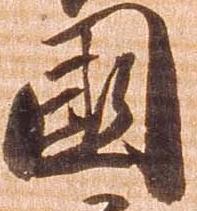
国